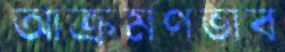
আক্রমণভাব